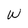
Character: W